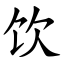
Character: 饮